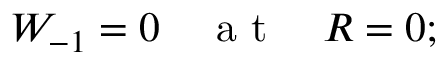
W _ { - 1 } = 0 \quad \mathrm { ~ a ~ t ~ } \quad R = 0 ;